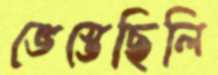
ভেস্তেছিলি